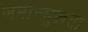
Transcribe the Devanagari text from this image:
जनोन्मुख़ता